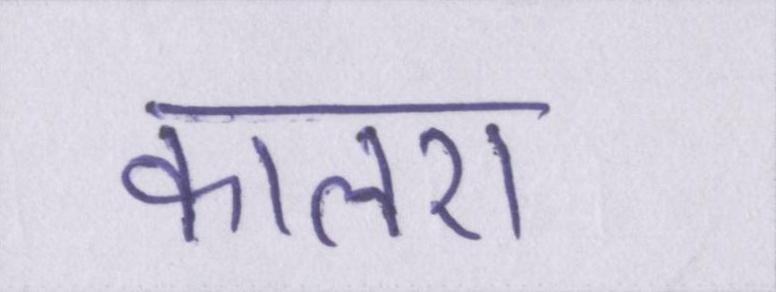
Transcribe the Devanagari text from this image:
कालरा